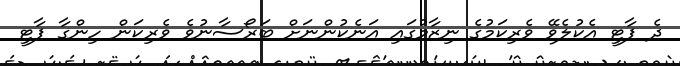
ދެ ޕާޓީ އެކުލެވޭ ވެރިކަމުގެ ނިޒާމުގައި އަނެކުންނަށް ބަރޯސާނުވެ ވެރިކަން ހިންގާ ޕާޓީ